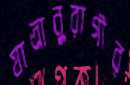
যাত্রানুরাগীর